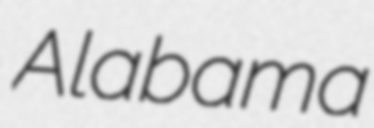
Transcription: Alabama